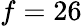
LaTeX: f=26